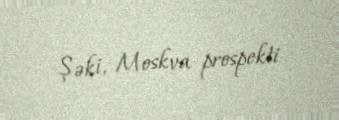
Şəki, Moskva prospekti